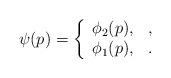
LaTeX: \begin{align*}\psi(p)= \left\{ \begin{array}{ll} \phi_2(p), & , \\ \phi_1 (p), &. \end{array} \right.\end{align*}